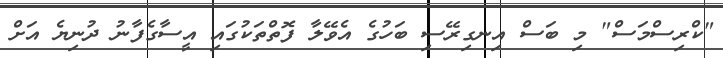
"ކްރިސްމަސް" މި ބަސް އިނގިރޭސި ބަހުގެ އެވޭލާ ފޮތްތަކުގައި އީސާގެފާނު ދުނިޔެ އަށް